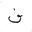
Letter: _fa